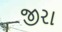
જીરા